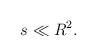
LaTeX: \begin{align*}s\ll R^{2}. \end{align*}